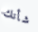
شأنك